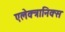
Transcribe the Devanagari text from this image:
एलेक्त्रानिक्स